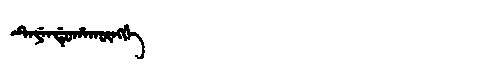
Manchu: ᡨᡝᠶᡝᠨᡩᡠᡥᠠᡴᡡᠩᡤᡝ
Romanization: TEYENDUHAKŪNGGE